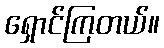
ရှောင်ကြတယ်။